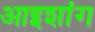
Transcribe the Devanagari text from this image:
आइशांग